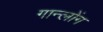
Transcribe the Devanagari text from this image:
गान्लोंग